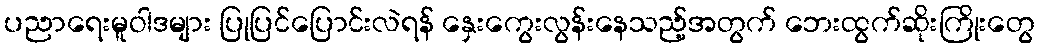
ပညာရေးမူဝါဒများ ပြုပြင်ပြောင်းလဲရန် နှေးကွေးလွန်းနေသည့်အတွက် ဘေးထွက်ဆိုးကြိုးတွေ